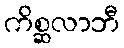
ကိစ္ဆလာဘီ